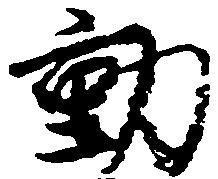
動